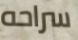
سراحه